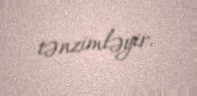
tənzimləyir.